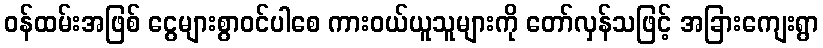
ဝန်ထမ်းအဖြစ် ငွေများစွာဝင်ပါစေ ကားဝယ်ယူသူများကို တော်လှန်သဖြင့် အခြားကျေးရွာ